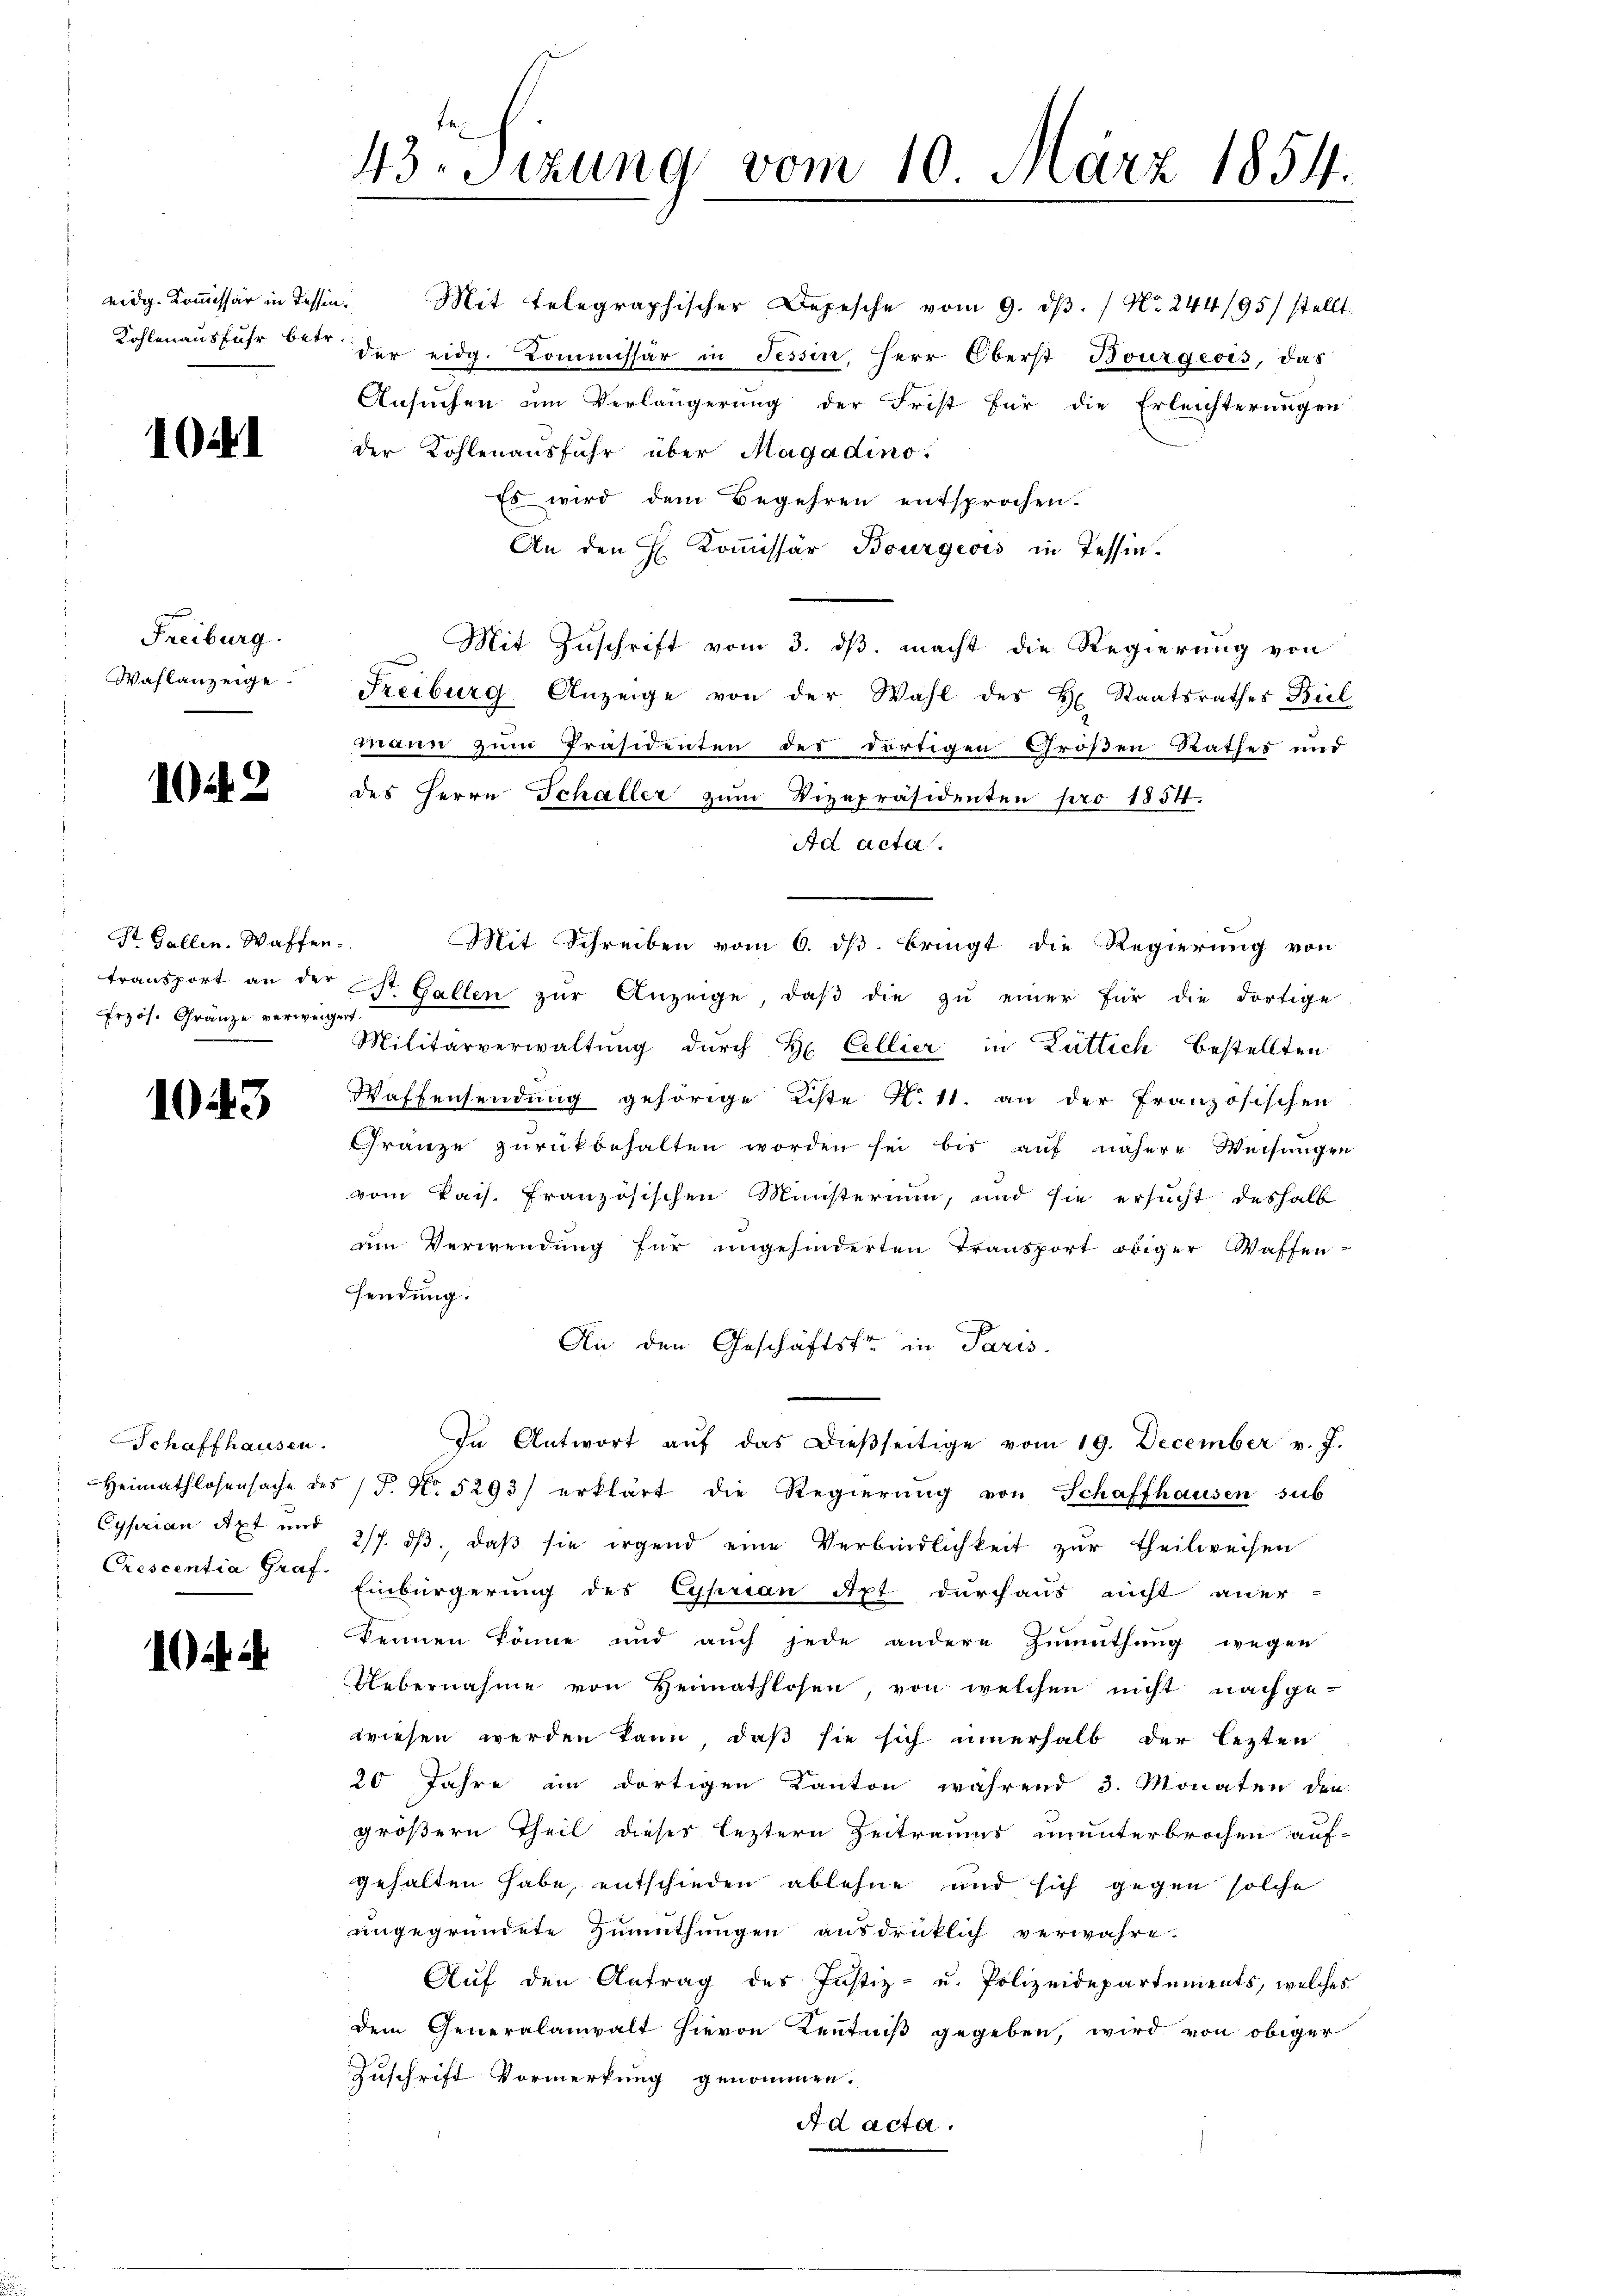
1041

Freiburg.
Waflanzeige.

12

St. Gallen. Waffen.
rzös. Gränze verweig

1043

Schaffhausen.
Cyprian Axt und
Crescentia Graf.

43. Sezung vom 10. März 1854.

Ansuchen um Verlängerung der Frist für die Erleichterungen
der Kohlenausfuhr über Magadino.
Es wird dem Begehren entsprochen.
An den H. Kommissär Bourgeois in Tessin¬
Mit Zuschrift vom 3. ds. macht die Regierung von
Freiburg Anzeige von der Wahl des H. Staatsrathes Biel
mann zum Präsidenten des dortigen Großen Rathes und
des Herrn Schaller zum Vizepräsidenten pro 1854
Ad acta
Mit Schreiben vom 6. ds. bringt die Regierung von
transport an der St. Gallen zŭr Anzeige, daβ die zu einer für die dortige
Militärverwaltung durch H. Cellier in Lüttich bestellten
Waffensendung gehörige Kiste N. 11. an der französischen
Gränze zŭrückbehalten worden sei bis aŭf nähere Weisŭngen
vom kais. Französischen Ministerium, und sie ersucht deshalb
um Verwendung für ungehinderten Transport obiger Waffen-
sendung.
An den Geschäftsfr. in Paris.
In Antwort aŭf das dieβseitige vom 19. December v. J.
Heimathlosensache des (T. No 5293) erklärt die Regierŭng von Schaffhausen sub
2/7. ds., daß sie irgend eine Verbindlichkeit zur Theilweisen
Einbürgerung des Cyprian Dipt durchaus nicht aner-
kennen könne und auch jede andere Zumuthung wegen
Uebernahme von Heimathlosen, von welchen nicht nachgewiesen werden kann, daß sie sich innerhalb der lezten
20 Jahre im dortigen Kanton während 3. Monaten den
größern Theil dieses leztern Zeitraums ununterbrochen auf-
gehalten habe, entschieden ablehne und sich gegen solche
ungegründete Zumuthungen ausdrücklich verwahre.
Aŭf den Antrag des Justiz- u. Polizeidepartements, welches
dem Generalanwalt hievon Kentniß gegeben, wird von obiger
Zuschrift Vormerkung genommen.
A d acta.

eidg. Kommissär in dessen. Mit telegraphischer Depesche vom 9. dβ. / No. 244/95) stellt:
Kohlenausfuhr betr. der eidg. Kommissär in Tessin, Herr Oberst Bourgeois, das